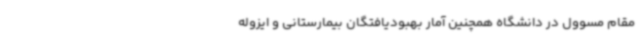
مقام مسوول در دانشگاه همچنین آمار بهبودیافتگان بیمارستانی و ایزوله